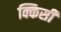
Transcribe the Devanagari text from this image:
क्किसी